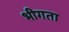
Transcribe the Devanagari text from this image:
भीगता